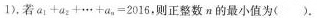
1 )$$。若$$a _ { 1 } + a _ { 2 } + · · · + a _ { n } = 2 0 1 6$$，则正整数n的最小值为( )。